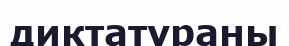
диктатураны